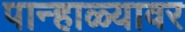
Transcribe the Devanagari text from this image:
पान्हाळ्यावर